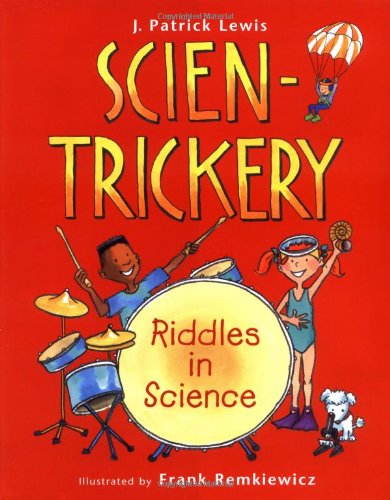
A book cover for Scien-Trickery: Riddles in Science; J. Patrick Lewis; Humor & Entertainment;